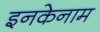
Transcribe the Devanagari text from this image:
इनकेनाम